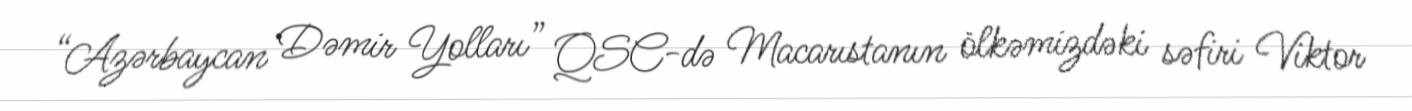
“Azərbaycan Dəmir Yolları” QSC-də Macarıstanın ölkəmizdəki səfiri Viktor